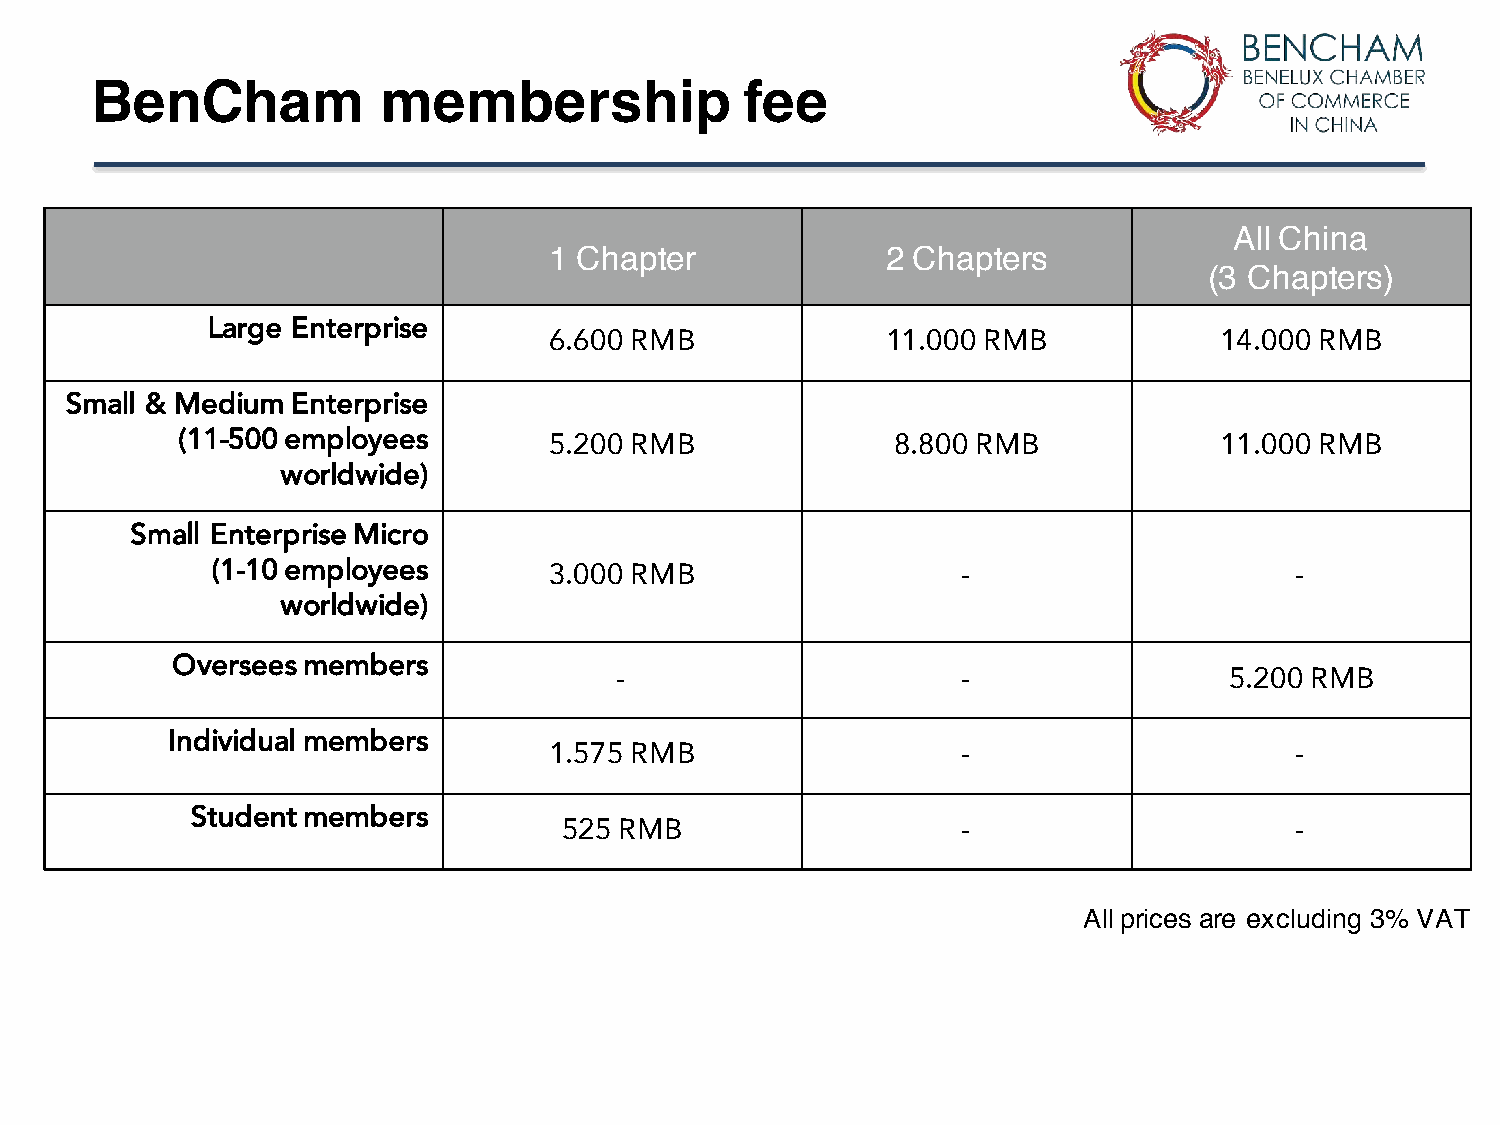
BenCham            membership              fee
 All China
 1 Chapter              2 Chapters
 (3 Chapters)
 Large Enterprise
 6.600 RMB              11.000 RMB            14.000 RMB
 Small & Medium Enterprise
 (11-500 employees       5.200 RMB              8.800 RMB             11.000 RMB
 worldwide)
 Small Enterprise Micro
 (1-10 employees       3.000 RMB                   -                     -
 worldwide)
 Oversees members
 -                      -                5.200 RMB
 Individual members
 1.575 RMB                   -                     -
 Student members
 525 RMB                    -                     -
 All prices are excluding 3% VAT